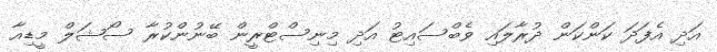
އަދި އެފަދަ ކަންކަން ދުރާލައި ވެބްސައިޓު އަދި މިނިސްޓްރީން ބޭނުންކުރާ ސޯޝަލް މީޑިއާ